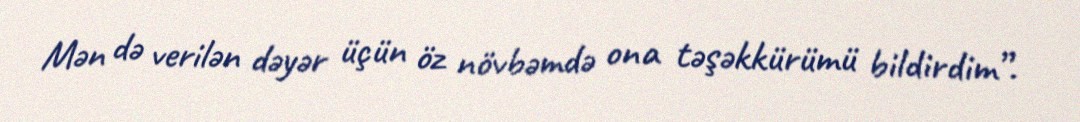
Mən də verilən dəyər üçün öz növbəmdə ona təşəkkürümü bildirdim”.